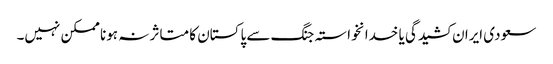
سعودی ایران کشیدگی یا خدانخواستہ جنگ سے پاکستان کا متاثر نہ ہونا ممکن نہیں۔